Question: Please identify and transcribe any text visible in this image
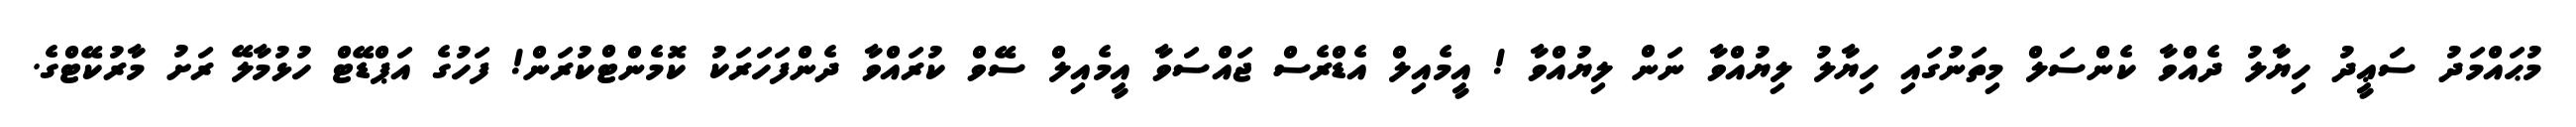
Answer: މުޙައްމަދު ސަޢީދު ހިޔާލު ދެއްވާ ކެންސަލް މިތަނުގައި ހިޔާލު ލިޔުއްވާ ނަން ލިޔުއްވާ ! އީމެއިލް އެޑްރެސް ޖައްސަވާ އީމެއިލް ސޭވް ކުރައްވާ ދެންފަހަރަކު ކޮމެންޓްކުރަން! ފަހުގެ އަޕްޑޭޓް ހުޅުމާލޭ ރަށު މާރުކޭޓްގެ.